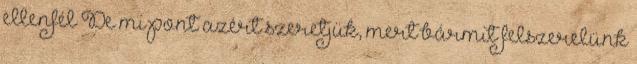
ellenfél De mi pont azért szeretjük, mert bármit felszerelünk